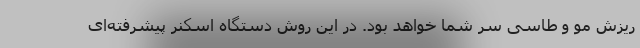
ریزش مو و طاسی سر شما خواهد بود. در این روش دستگاه اسکنر پیشرفته‌ای